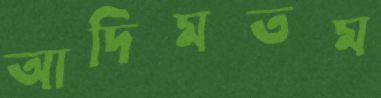
আদিমতম